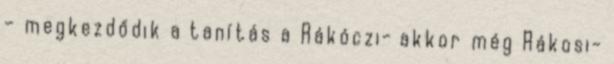
– megkezdődik a tanítás a Rákóczi- akkor még Rákosi-